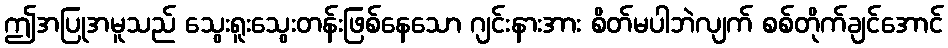
ဤအပြုအမူသည် သွေးရူးသွေးတန်းဖြစ်နေသော ဂျင်းနားအား စိတ်မပါဘဲလျက် စစ်တိုက်ချင်အောင်